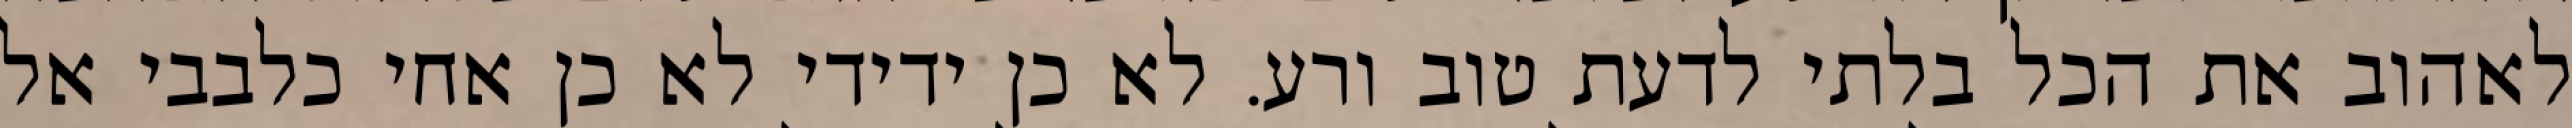
לאהוב את הכל בלתי לדעת טוב ורע. לא כן ידידי לא כן אחי כלבבי אל